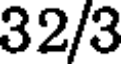
32/3